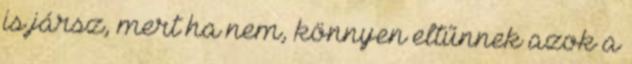
is jársz, mert ha nem, könnyen eltűnnek azok a